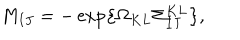
LaTeX: M _ { I J } = - \exp \left\{ \Omega _ { K L } \Sigma _ { I J } ^ { K L } \right\} ,